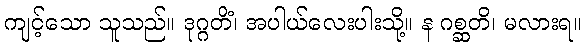
ကျင့်သော သူသည်။ ဒုဂ္ဂတိံ၊ အပါယ်လေးပါးသို့။ န ဂစ္ဆတိ၊ မလားရ။